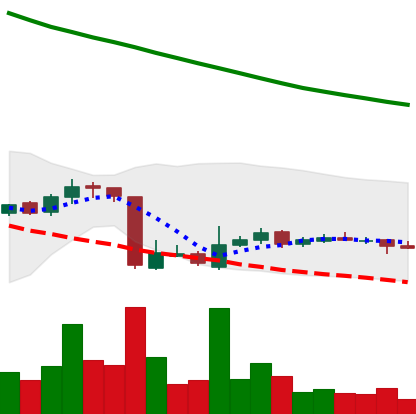
Ticker: ADA-USD
Chart end date: 2018-10-24
Forward return: -6.316%
Label: down_5_7